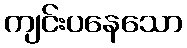
ကျင်းပနေသော